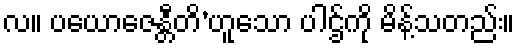
လ။ ပယောဇေန္တီတိ’ဟူသော ပါဌ်ကို မိန့်သတည်း။